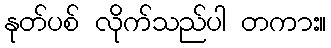
နုတ်ပစ် လိုက်သည်ပါ တကား။